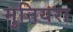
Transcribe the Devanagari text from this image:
मुनियरा